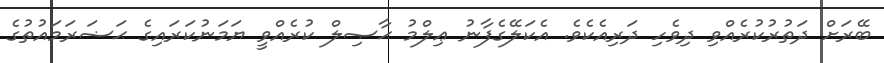
ބޭރަށް ދަތުރުކުރެއްވި ދިވެހި ދަރިއެކެވެ. އެކަލޭގެފާނު ޢިލްމު ޙާޞިލް ކުރެއްވީ ޔަމަނުކަރައިގެ ޙަޟަރަމައުތުގެ